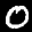
Label: 0